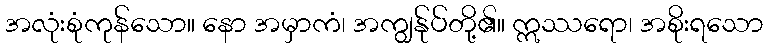
အလုံးစုံကုန်သော။ နော အမှာကံ၊ အကျွန်ုပ်တို့၏။ ဣဿရော၊ အစိုးရသော